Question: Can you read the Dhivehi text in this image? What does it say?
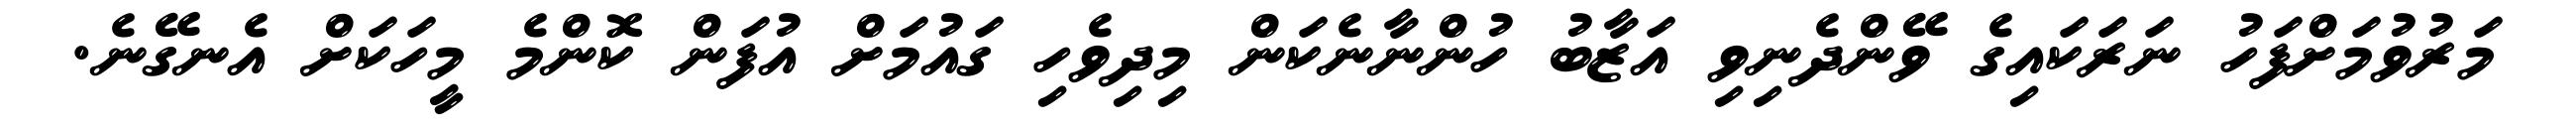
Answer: މަރުވުމަށްފަހު ނަރަކައިގެ ވޭންދެނިވި އަޒާބު ހުންނާނެކަން މިދިވެހި ގައުމަށް އުފަން ކޮންމެ މީހަކަށް އެނގޭނެ.